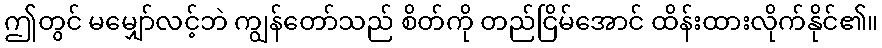
ဤတွင် မမျှော်လင့်ဘဲ ကျွန်တော်သည် စိတ်ကို တည်ငြိမ်အောင် ထိန်းထားလိုက်နိုင်၏။